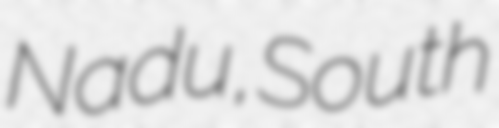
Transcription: Nadu, South